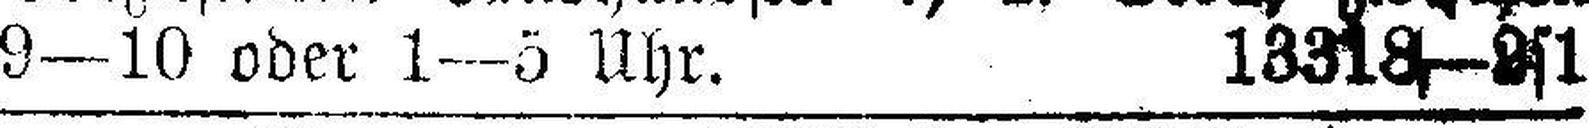
9—10 oder 1—5 Uhr. 13318—2s1